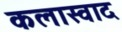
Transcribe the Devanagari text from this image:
कलास्वाद